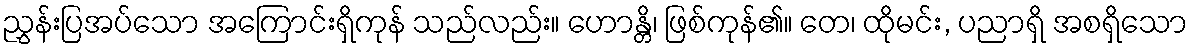
ညွှန်းပြအပ်သော အကြောင်းရှိကုန် သည်လည်း။ ဟောန္တိ၊ ဖြစ်ကုန်၏။ တေ၊ ထိုမင်း, ပညာရှိ အစရှိသော